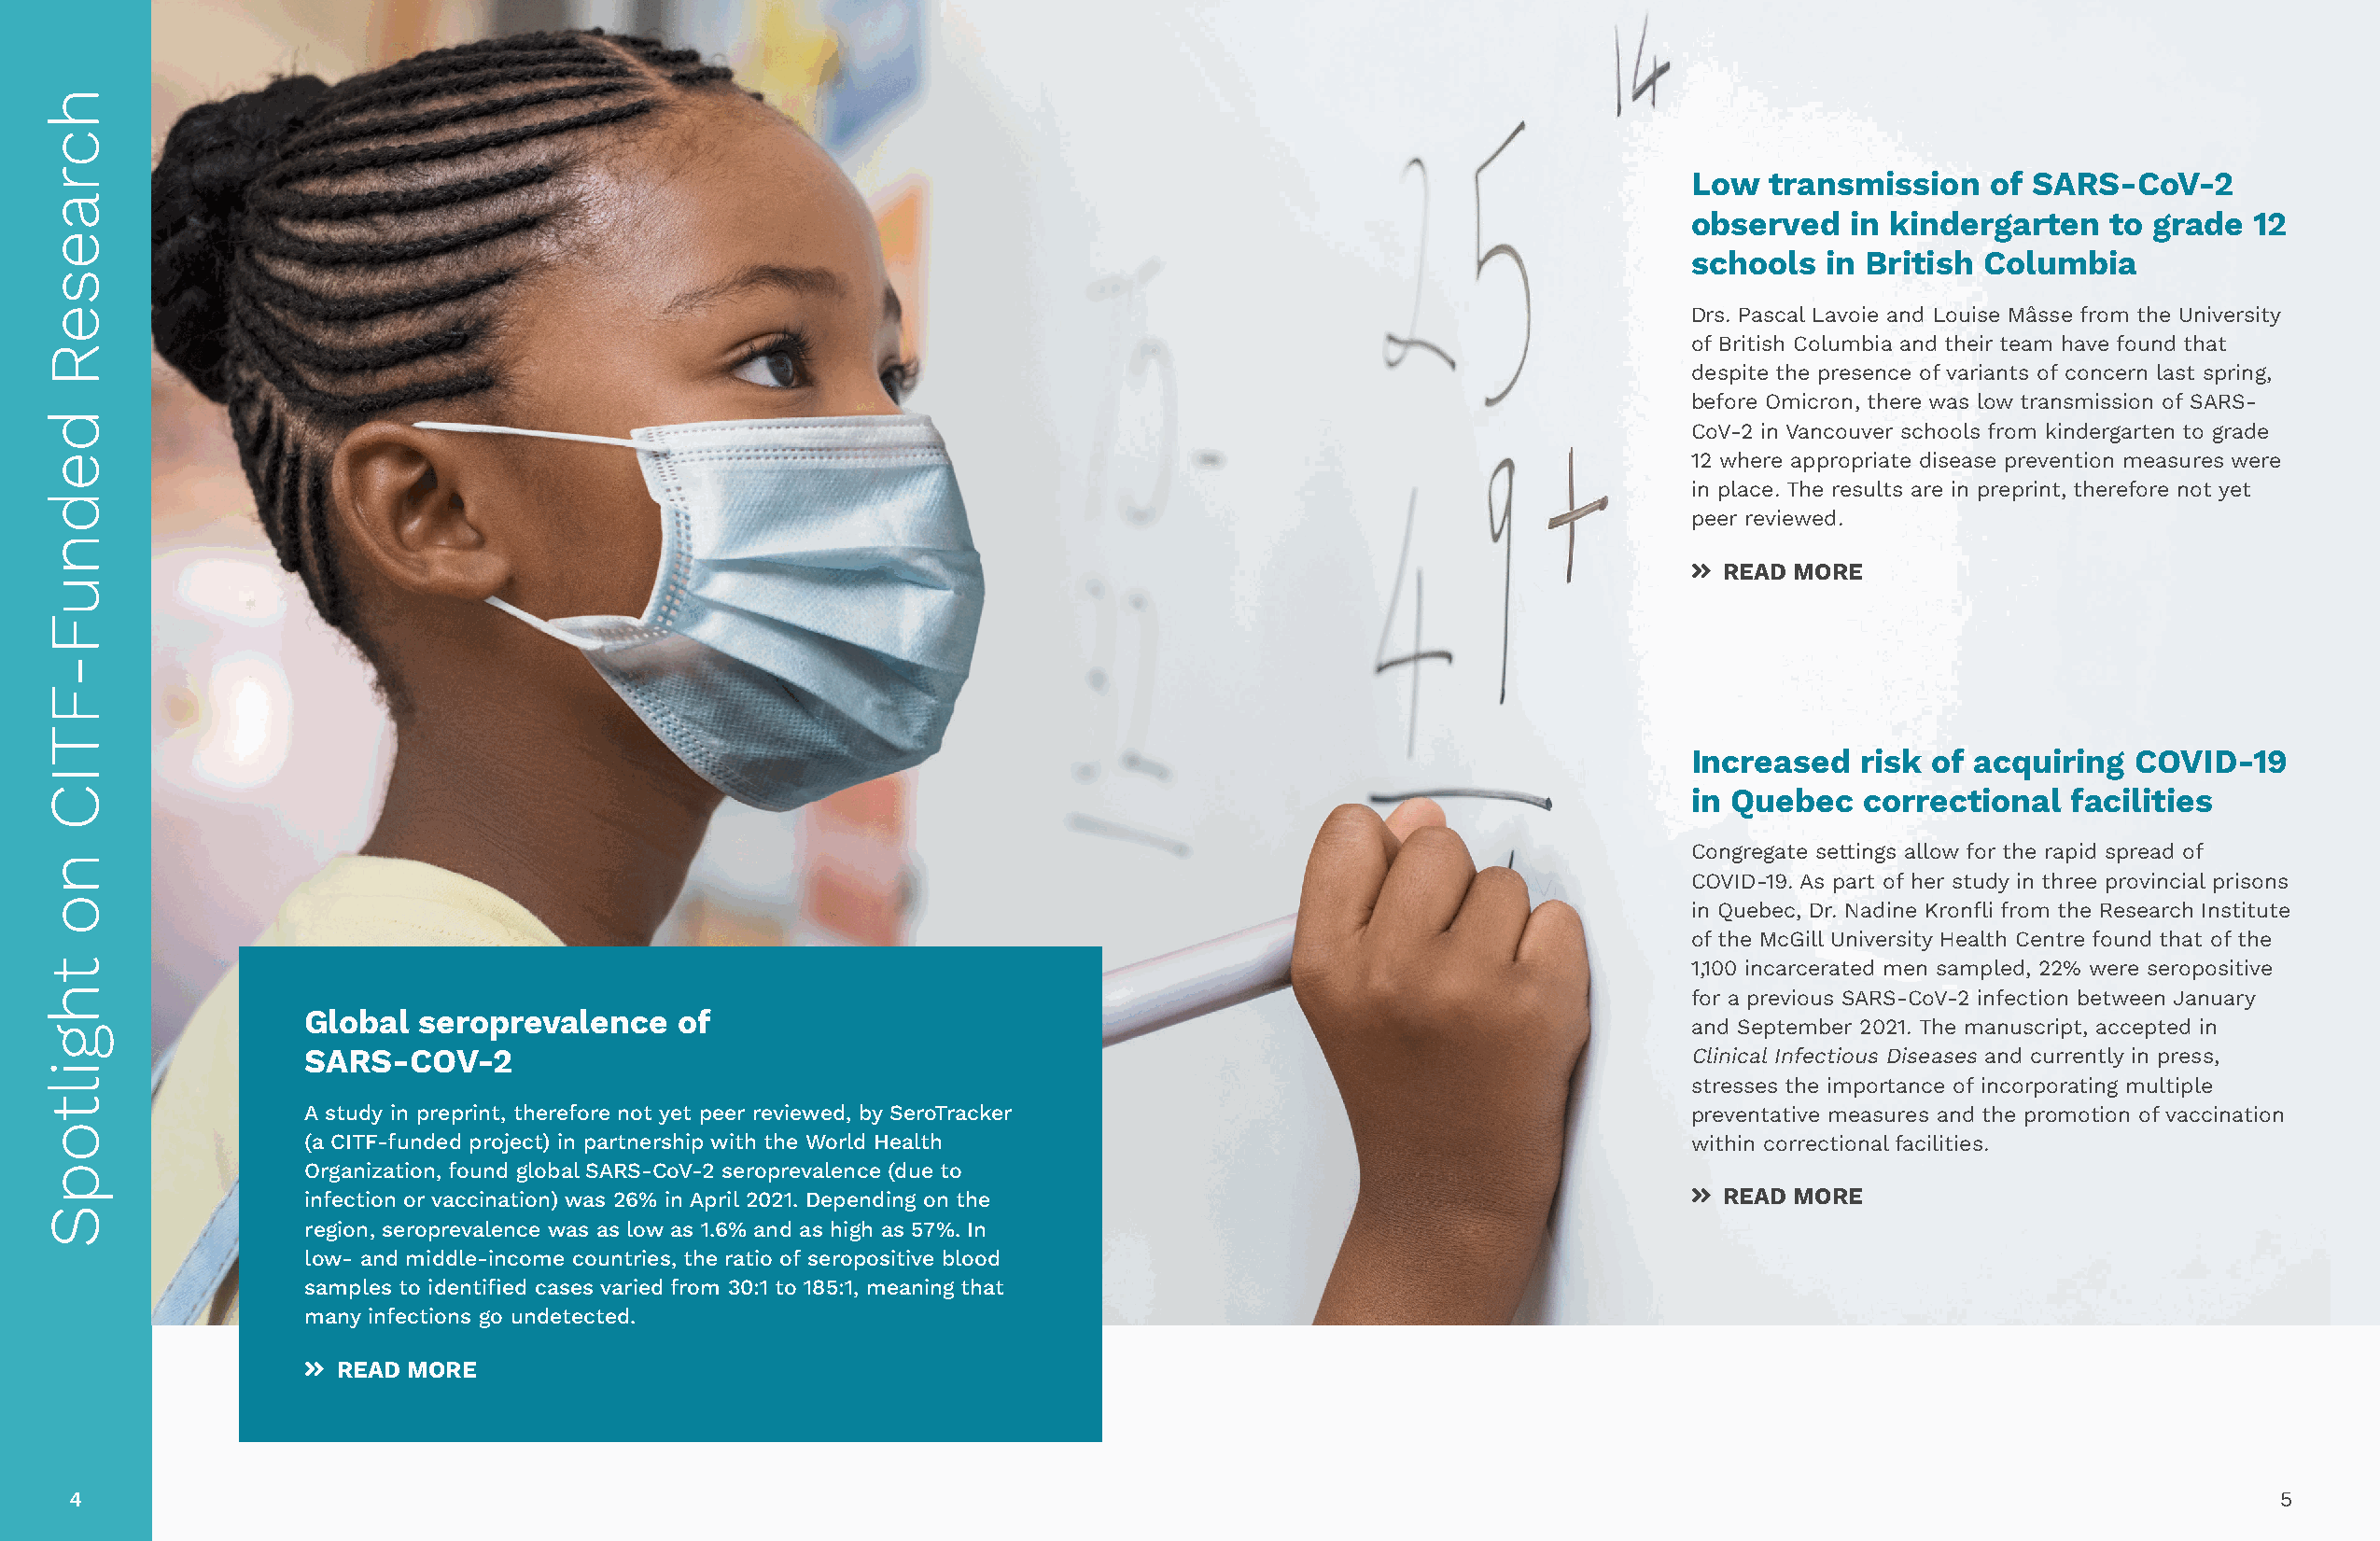
Low  transmission    of SARS-CoV-2
 observed   in kindergarten    to grade  12
 schools  in British  Columbia
 Drs. Pascal Lavoie and Louise Mâsse from the University
 of British Columbia and their team have found that
 despite the presence of variants of concern last spring,
 before Omicron, there was low transmission of SARS-
 CoV-2 in Vancouver schools from kindergarten to grade
 12 where appropriate disease prevention measures were
 in place. The results are in preprint, therefore not yet
 peer reviewed.
 ŵ READ MORE
 Increased   risk of acquiring  COVID-19
 in Quebec   correctional   facilities
 Congregate settings allow for the rapid spread of
 COVID-19. As part of her study in three provincial prisons
 in Quebec, Dr. Nadine Kronfli from the Research Institute
 of the McGill University Health Centre found that of the
 1,100 incarcerated men sampled, 22% were seropositive
 for a previous SARS-CoV-2 infection between January
 Global  seroprevalence    of
 and September 2021. The manuscript, accepted in
 SARS-COV-2                                                                                        Clinical Infectious Diseases and currently in press,
 stresses the importance of incorporating multiple
 A study in preprint, therefore not yet peer reviewed, by SeroTracker                              preventative measures and the promotion of vaccination
 (a CITF-funded project) in partnership with the World Health                                      within correctional facilities.
 Organization, found global SARS-CoV-2 seroprevalence (due to
 infection or vaccination) was 26% in April 2021. Depending on the                                 ŵ READ MORE
 region, seroprevalence was as low as 1.6% and as high as 57%. In
 low- and middle-income countries, the ratio of seropositive blood
 samples to identified cases varied from 30:1 to 185:1, meaning that
 many infections go undetected.
 ŵ READ MORE
 4                                                                                                                                                            5
 hcraeseR
 dednuF-FTIC
 no
 thgiltopS